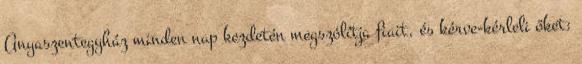
Anyaszentegyház minden nap kezdetén megszólítja fiait, és kérve-kérleli őket: